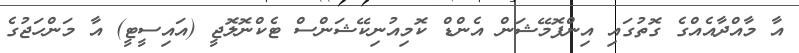
އާ މާއްދާއެއްގެ ގޮތުގައި އިންފޮމޭޝަން އެންޑް ކޮމިއުނިކޭޝަންސް ޓެކްނޮލޮޖީ (އައިސީޓީ) އާ މަންހަޖުގެ